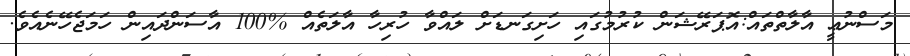
މަސްނުޢީ އާލާތްތައް:އޮޕަރޭޝަން ކުރުމުގައި ހަށިގަނޑަށް ލައްވާ ހުރިހާ އާލަތެއް %100 އާސަންދައިން ހަމަޖެހޭނެއެވެ.